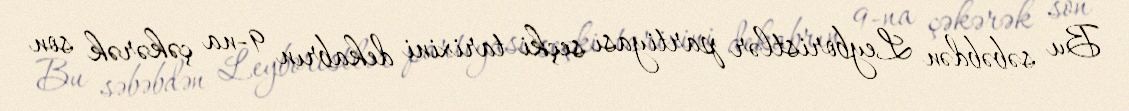
Bu səbəbdən Leyboristlər partiyası seçki tarixini dekabrın 9-na çəkərək son